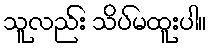
သူလည်း သိပ်မထူးပါ။